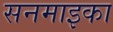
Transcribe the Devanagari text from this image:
सनमाइका